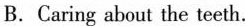
B.Caring about the teeth.